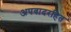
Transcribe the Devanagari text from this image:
अपवादरहित